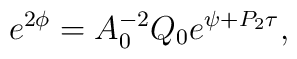
e^{2\phi}=A_0^{-2}Q_0e^{\psi+P_2\tau},